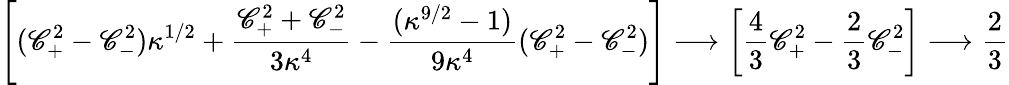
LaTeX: \left[(\mathscr{C}_{+}^{2}-\mathscr{C}_{-}^{2})\kappa^{1/2}+\frac{{\mathscr{C}_{+}^{2}+\mathscr{C}_{-}^{2}}}{{3\kappa^{4}}}-\frac{{(\kappa^{9/2}-1)}}{{9\kappa^{4}}}(\mathscr{C}_{+}^{2}-\mathscr{C}_{-}^{2})\right]\longrightarrow\left[\frac{{4}}{{3}}\mathscr{C}_{+}^{2}-\frac{{2}}{{3}}\mathscr{C}_{-}^{2}\right]\longrightarrow\frac{{2}}{{3}}